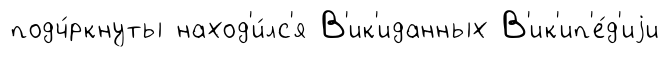
подч́ркнуты наход'и́лс'я В'ик'иданных В'ик'ип'е́д'иjи